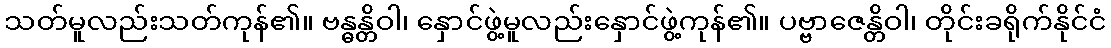
သတ်မူလည်းသတ်ကုန်၏။ ဗန္ဓန္တိဝါ၊ နှောင်ဖွဲ့မူလည်းနှောင်ဖွဲ့ကုန်၏။ ပဗ္ဗာဇေန္တိဝါ၊ တိုင်းခရိုက်နိုင်ငံ